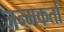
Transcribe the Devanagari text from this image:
जन्मकर्ता